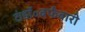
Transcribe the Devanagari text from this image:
ठंडॉ॰बर्फबारी